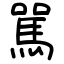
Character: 駡